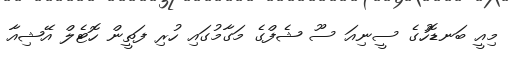
މިއީ ބަނޑޮހުގެ ސީނިއަ ސޫ ޝެފްގެ މަގާމުގައި ހުރި ފަތީން ހޮޓެލް އޭޝިއާ